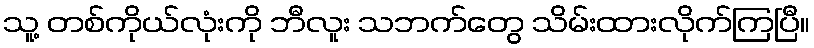
သူ့ တစ်ကိုယ်လုံးကို ဘီလူး သဘက်တွေ သိမ်းထားလိုက်ကြပြီ။